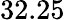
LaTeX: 32.25